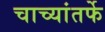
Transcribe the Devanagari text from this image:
चाच्यांतर्फे